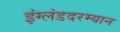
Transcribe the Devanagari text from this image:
इंग्लंडदरम्यान